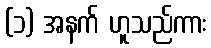
(၁) အနက် ဟူသည်ကား